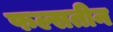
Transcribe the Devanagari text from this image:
फल्सतीन